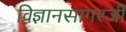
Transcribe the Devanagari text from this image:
विज्ञानसागरजी